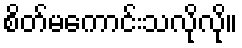
စိတ်မကောင်းသလိုလို။